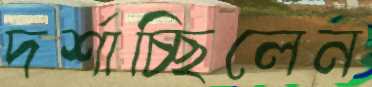
দর্শাচ্ছিলেন